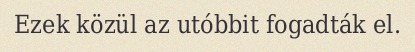
Ezek közül az utóbbit fogadták el.